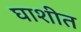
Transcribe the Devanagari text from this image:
घाशीत